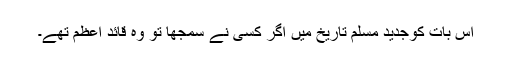
اس بات کوجدید مسلم تاریخ میں اگر کسی نے سمجھا تو وہ قائد اعظم تھے۔